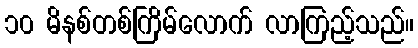
၁၀ မိနစ်တစ်ကြိမ်လောက် လာကြည့်သည်။